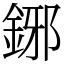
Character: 鋣